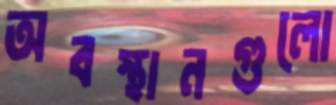
অবস্থানগুলো